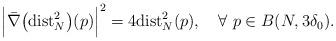
LaTeX: \begin{align*}\Big|\bar \nabla \big({\rm dist}^2_N\big)(p)\Big|^2=4{\rm dist}^2_N(p),\ \ \ \forall\ p\in B(N,3\delta_0).\end{align*}